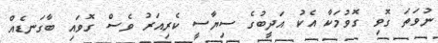
ނުވަތަ ގޮވި ގޮވުމަކާ އެކު އަދީބުގެ ސިޔާސީ ކެރިއަރު ވެސް ގޮވައި ބާގަނޑެއް